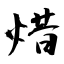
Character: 焟